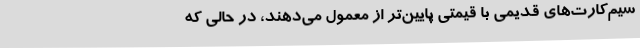
سیم‌کارت‌های قدیمی با قیمتی پایین‌تر از معمول می‌دهند، در حالی که